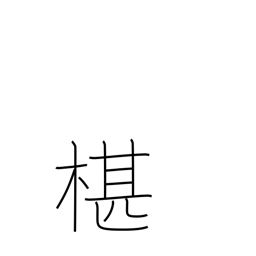
Meaning: type of cypress